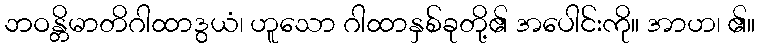
ဘဝန္တိမာတိဂါထာဒွယံ၊ ဟူသော ဂါထာနှစ်ခုတို့၏ အပေါင်းကို။ အာဟ၊ ၏။